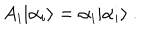
A _ { i } | { \alpha _ { i } } \rangle = \alpha _ { i } | { \alpha _ { i } } \rangle \ .